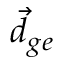
\vec { d } _ { g e }